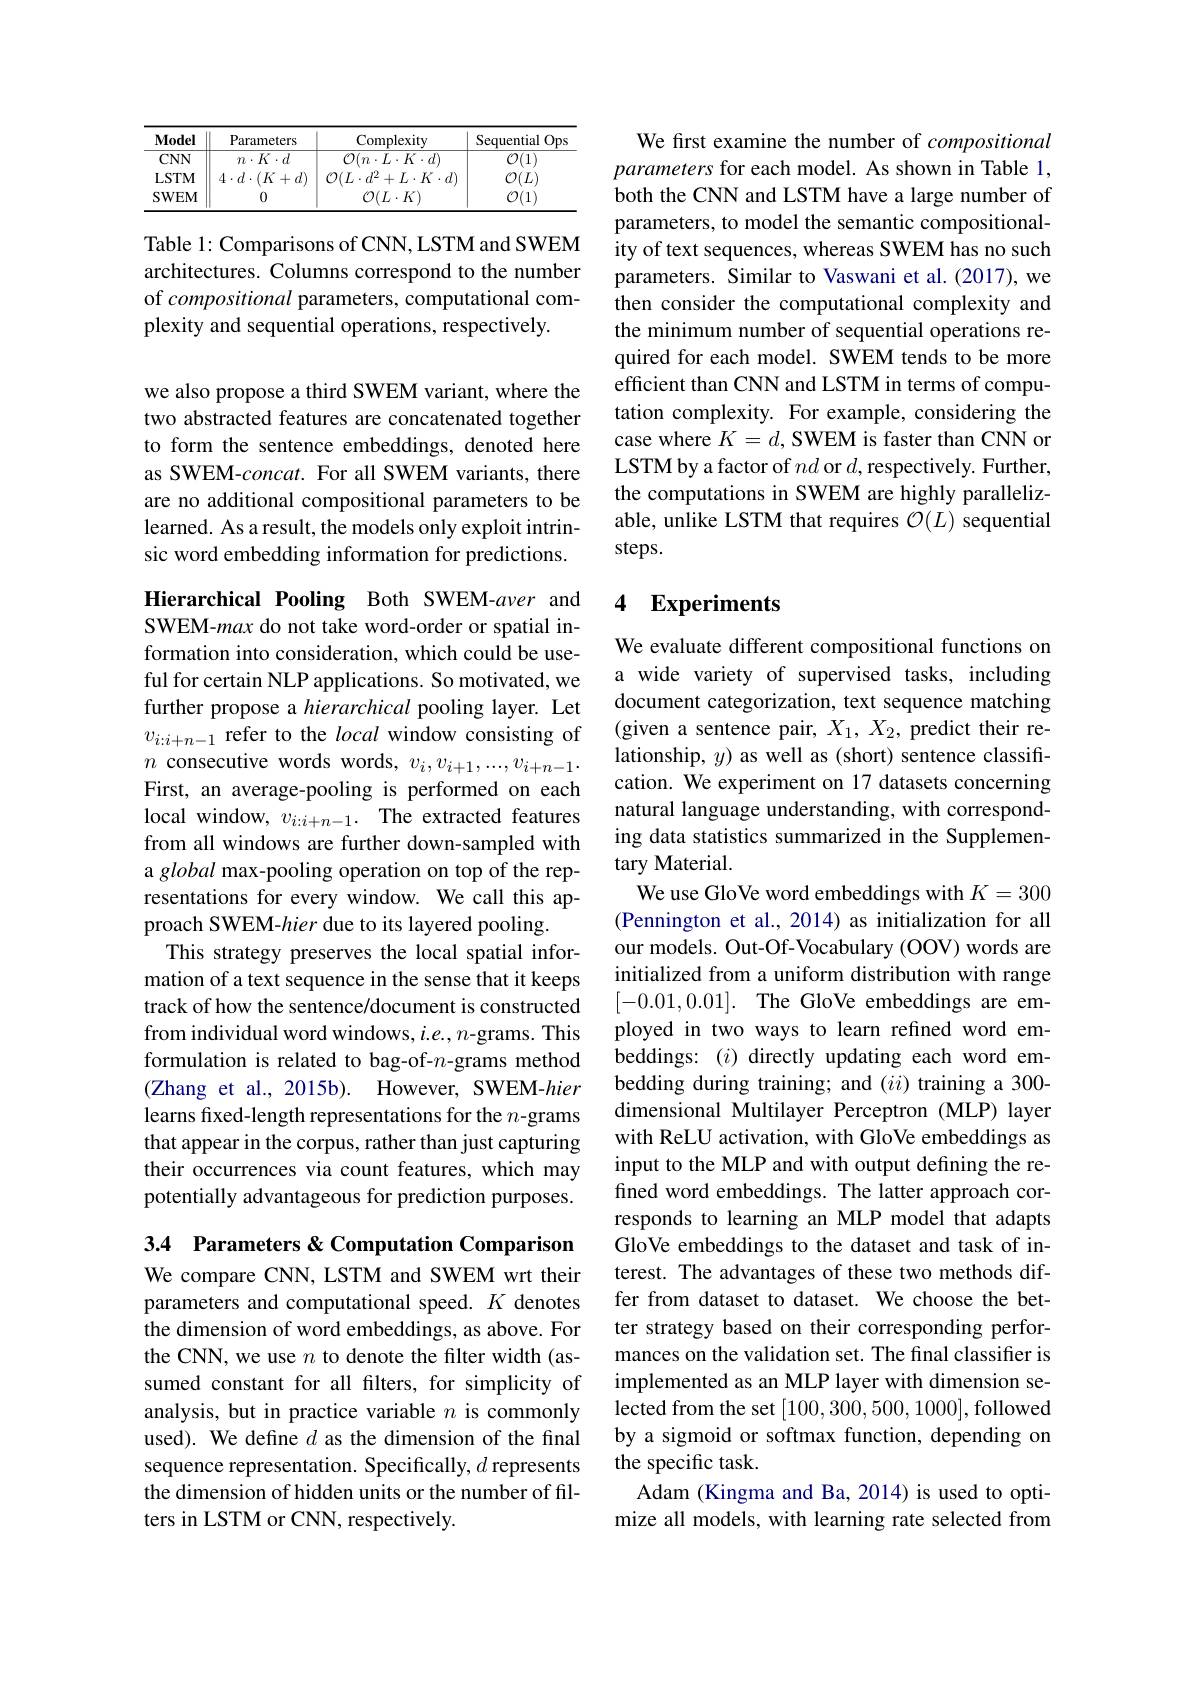
<table>
	<tbody>
		<tr>
			<th>$\mathbf{Model}$</th>
			<th>Parameters</th>
			<th>Complexity</th>
			<th>Sequential $0p$</th>
		</tr>
		<tr>
			<td>$CNN$</td>
			<td>$n\cdot K\cdot d$</td>
			<td>$\mathcal{O}(n\cdot L\cdot K\cdot d)$</td>
			<td>$\mathcal{O}(1)$</td>
		</tr>
		<tr>
			<td>LSTM</td>
			<td>$4\cdot d\cdot(K+d)$</td>
			<td>$\mathcal{O}(L\cdot d^{2}+L\cdot K\cdot d)$</td>
			<td>$\mathcal{O}(L)$</td>
		</tr>
		<tr>
			<td>SWEM</td>
			<td>0</td>
			<td>$\mathcal{O}(L\cdot K)$</td>
			<td>$\begin{array}{c}{^{\prime\prime}}&{^{\prime\prime}}\\{^{\prime\prime}}&{^{\prime\prime}}\\{^{\prime\prime}}&{^{\prime\prime}}\end{array}$ 11</td>
		</tr>
	</tbody>
</table>

Table 1: Comparisons of CNN, LSTM and SWEM architectures. Columns correspond to the number of compositional parameters, computational complexity and sequential operations, respectively.

we also propose a third SWEM variant, where the two abstracted features are concatenated together to form the sentence embeddings, denoted here as SWEM-$concat.$ For all SWEM variants, there are no additional compositional parameters to be learned. As a result, the models only exploit intrinsic word embedding information for predictions.

Hierarchical Pooling Both SWEM-aver and SWEM-max do not take word-order or spatial information into consideration, which could be useful for certain NLP applications. So motivated, we further propose a hierarchical pooling layer. Let $v_{i:i+n-1}$ refer to the local window consisting of $n$ consecutive words words, $v_i,v_{i+1},...,v_{i+n-1}.$ First, an average-pooling is performed on each local window, $v_{i: i+ n- 1}.$ The extracted features from all windows are further down-sampled with a global max-pooling operation on top of the representations for every window. We call this approach SWEM-hier due to its layered pooling.
This strategy preserves the local spatial information of a text sequence in the sense that it keeps track of how the sentence/document is constructed from individual word windows, i.e., n-grams. This formulation is related to bag-of-$n$-grams method (Zhang et al., 2015b). However, SWEM-hier learns fixed-length representations for the $n$-grams that appear in the corpus, rather than just capturing their occurrences via count features, which may potentially advantageous for prediction purposes.

3.4 Parameters &Computation Comparison

We compare CNN, LSTM and SWEM wrt their parameters and computational speed. $K$ denotes the dimension of word embeddings, as above. For the CNN, we use $n$ to denote the filter width (assumed constant for all filters, for simplicity of analysis, but in practice variable $n$ is commonly used). We define $d$ as the dimension of the final sequence representation. Specifically, $d$ represents the dimension of hidden units or the number of filters in LSTM or CNN, respectively.

We first examine the number of compositional parameters for each model. As shown in Table 1, both the CNN and LSTM have a large number of parameters, to model the semantic compositionality of text sequences, whereas SWEM has no such parameters. Similar to Vaswani et al.(2017), we then consider the computational complexity and the minimum number of sequential operations required for each model. SWEM tends to be more efficient than CNN and LSTM in terms of computation complexity. For example, considering the case where $K=d$, SWEM is faster than CNN or LSTM by a factor of $nd$ or $d$,respectively. Further, the computations in SWEM are highly parallelizable, unlike LSTM that requires $\mathcal{O}(L)$ sequential steps.

## 4 Experiments

We evaluate different compositional functions on a wide variety of supervised tasks, including document categorization, text sequence matching (given a sentence pair, $X_1,X_2$, predict their relationship, $y)$ as well as (short) sentence classification. We experiment on 17 datasets concerning natural language understanding, with corresponding data statistics summarized in the Supplementary Material.
We use GloVe word embeddings with $K=300$ (Pennington et al., 2014) as initialization for all our models. Out-Of-Vocabulary (OOV) words are initialized from a uniform distribution with range [-0.01,0.01]. The GloVe embeddings are employed in two ways to learn refined word embeddings: (i) directly updating each word embedding during training; and $(ii)$ training a 300- dimensional Multilayer Perceptron (MLP) layer with ReLU activation, with GloVe embeddings as input to the MLP and with output defining the refined word embeddings. The latter approach corresponds to learning an MLP model that adapts GloVe embeddings to the dataset and task of interest. The advantages of these two methods differ from dataset to dataset. We choose the better strategy based on their corresponding performances on the validation set. The final classifier is implemented as an MLP layer with dimension selected from the set [100,300,500,1000],followed by a sigmoid or softmax function, depending on the specific task.
Adam (Kingma and Ba, 2014) is used to optimize all models, with learning rate selected from